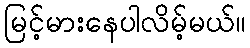
မြင့်မားနေပါလိမ့်မယ်။